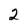
Character: 2